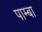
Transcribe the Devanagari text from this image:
पाम्बा